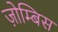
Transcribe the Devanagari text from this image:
ज़ोम्बिस